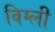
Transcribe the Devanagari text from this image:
विग्ली